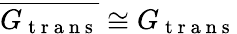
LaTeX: \overline{{G_{\mathrm{~t~r~a~n~s~}}}}\cong G_{\mathrm{~t~r~a~n~s~}}